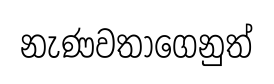
නැණවතාගෙනුත්